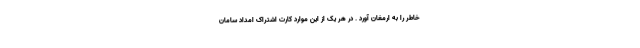
خاطر را به ارمغان آورد . در هر یک از این موارد کارت اشتراک امداد سامان